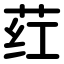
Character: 荭